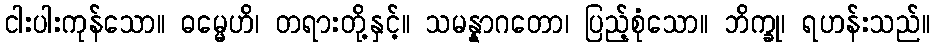
ငါးပါးကုန်သော။ ဓမ္မေဟိ၊ တရားတို့နှင့်။ သမန္နာဂတော၊ ပြည့်စုံသော။ ဘိက္ခု၊ ရဟန်းသည်။